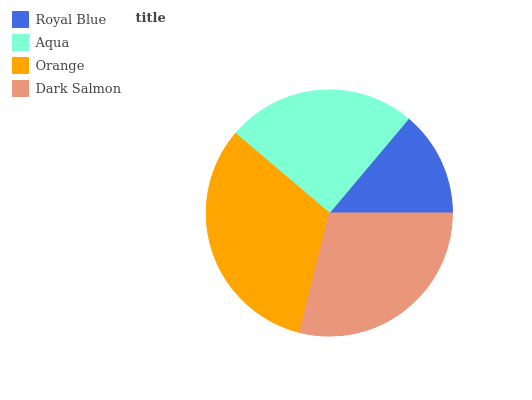
| Royal Blue | Aqua | Orange | Dark Salmon |
 | --- | --- | --- | --- |
 | 13.9% | 25% | 32.3% | 28.9% |